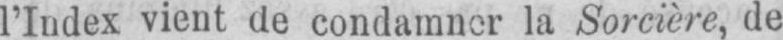
l’Index vient de condamner la Sorcière, de